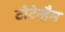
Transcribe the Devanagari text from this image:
टोटेन्हैम